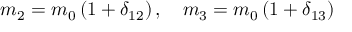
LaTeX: m _ { 2 } = m _ { 0 } \left( 1 + \delta _ { 1 2 } \right) , \ \ \ m _ { 3 } = m _ { 0 } \left( 1 + \delta _ { 1 3 } \right)